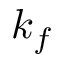
k _ { f }